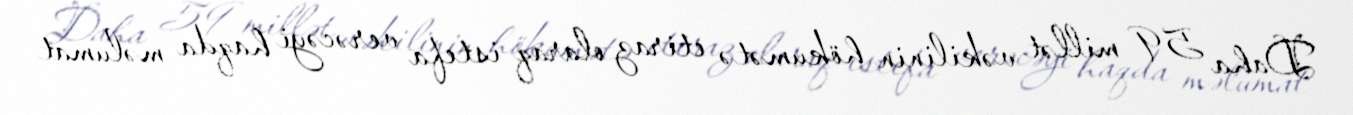
Daha 59 millət vəkilinin hökumətə etiraz olaraq istefa verəcəyi haqda məlumat